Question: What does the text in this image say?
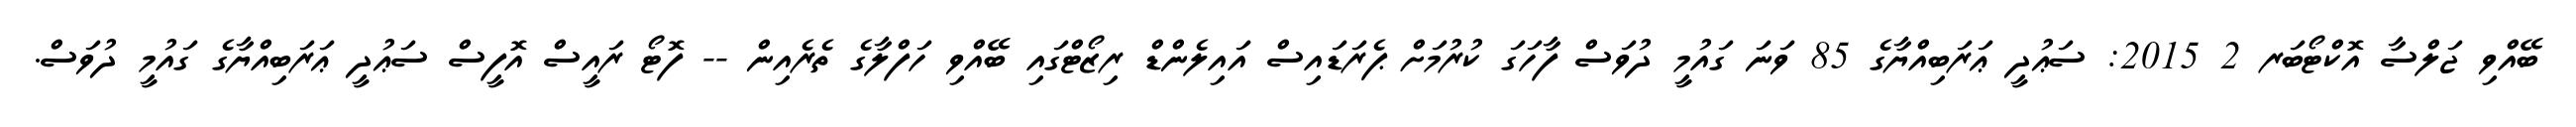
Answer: ބޭއްވި ޖަލްސާ އޮކްޓޯބަރ 2 2015: ސަޢުދީ ޢަރަބިއްޔާގެ 85 ވަނަ ގައުމީ ދުވަސް ފާހަގަ ކުރުމަށް ޕެރަޑައިސް އައިލެންޑް ރިޒޯޓްގައި ބޭއްވި ހަފްލާގެ ތެރެއިން -- ފޮޓޯ ރައީސް އޮފީސް ސަޢުދީ ޢަރަބިއްޔާގެ ގައުމީ ދުވަސް.